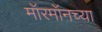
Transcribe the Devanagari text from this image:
मॉरमॉनच्या